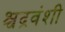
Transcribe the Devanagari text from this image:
श्चद्रवंशी